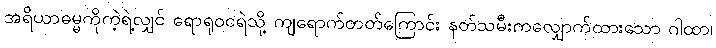
အရိယာဓမ္မကိုကဲ့ရဲ့လျှင် ရောရုဝငရဲသို့ ကျရောက်တတ်ကြောင်း နတ်သမီးကလျှောက်ထားသော ဂါထာ၊